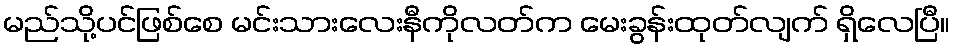
မည်သို့ပင်ဖြစ်စေ မင်းသားလေးနီကိုလတ်က မေးခွန်းထုတ်လျက် ရှိလေပြီ။